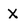
Character: X